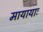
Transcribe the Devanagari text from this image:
मायायाः